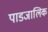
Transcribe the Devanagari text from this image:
पाडजालिक